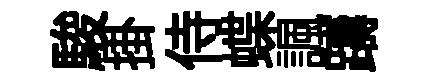
駿掛侍蝶諷躊